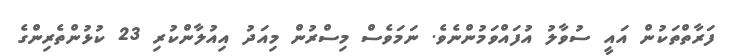
ފަރާތްތަކުން އައީ ސުވާލު އުފައްވަމުންނެވެ. ނަމަވެސް މިސްރުން މިއަދު އިއުލާންކުރި 23 ކުޅުންތެރިންގެ